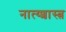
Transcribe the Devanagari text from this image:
नात्य्शास्त्र